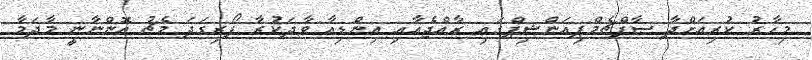
މިހާރު ކުރިއަށްދާ ސާފްޗެމްޕިއަންޝިޕްގައި ރާއްޖެއާއި އިންޑިއާ ވާދަކުރާ ފޯރިގަދަ މެޗު އޮންނާނީ މާދަމާ